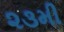
૨૩મી